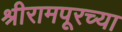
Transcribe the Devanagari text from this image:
श्रीरामपूरच्या